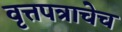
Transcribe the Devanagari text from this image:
वृत्तपत्राचेच